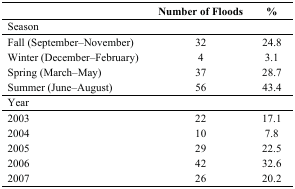
<table><thead><tr><td></td><td><b>Number of Floods</b></td><td><b>%</b></td></tr></thead><tbody><tr><td colspan="3">Season</td></tr><tr><td>Fall (September–November)</td><td>32</td><td>24.8</td></tr><tr><td>Winter (December–February)</td><td>4</td><td>3.1</td></tr><tr><td>Spring (March–May)</td><td>37</td><td>28.7</td></tr><tr><td>Summer (June–August)</td><td>56</td><td>43.4</td></tr><tr><td colspan="3">Year</td></tr><tr><td>2003</td><td>22</td><td>17.1</td></tr><tr><td>2004</td><td>10</td><td>7.8</td></tr><tr><td>2005</td><td>29</td><td>22.5</td></tr><tr><td>2006</td><td>42</td><td>32.6</td></tr><tr><td>2007</td><td>26</td><td>20.2</td></tr></tbody></table>